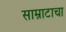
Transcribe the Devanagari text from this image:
साम्राटाचा